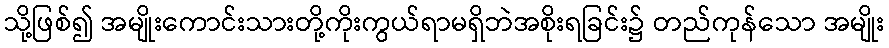
သို့ဖြစ်၍ အမျိုးကောင်းသားတို့ကိုးကွယ်ရာမရှိဘဲအစိုးရခြင်း၌ တည်ကုန်သော အမျိုး